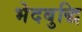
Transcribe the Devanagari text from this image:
भेदबुद्धि